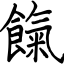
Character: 餼